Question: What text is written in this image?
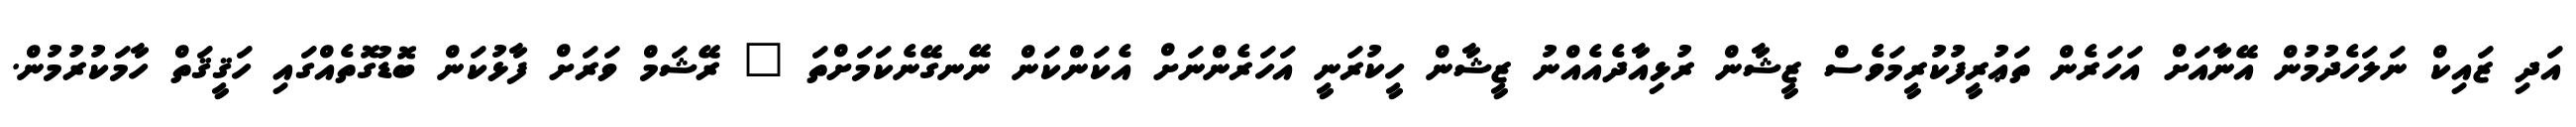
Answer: އަދި ޒައިކް ނަލަހެދުމުން އޭނާއަށް އަހަރެން ތަޢުރީފުކުރީމަވެސް ޒީޝާން ރުޅިއާދެއެއްނު ޒީޝާން ހީކުރަނީ އަހަރެންނަށް އެކަންކަން ނޭނގޭނެކަމަށްތަ " ރޭޝަމް ވަރަށް ފާޅުކަން ބޮޑުގޮތެއްގައި ހަޤީޤަތް ހާމަކުރުމުން.